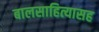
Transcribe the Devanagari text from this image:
बालसाहित्यासह